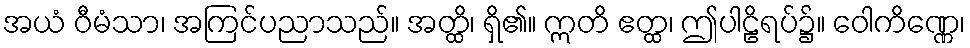
အယံ ဝီမံသာ၊ အကြင်ပညာသည်။ အတ္ထိ၊ ရှိ၏။ ဣတိ ဧတ္ထ၊ ဤပါဠိရပ်၌။ ဝေါကိဏ္ဏေ၊